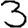
Digit: 3